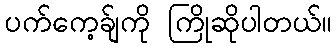
ပက်ကေ့ခ်ျကို ကြိုဆိုပါတယ်။